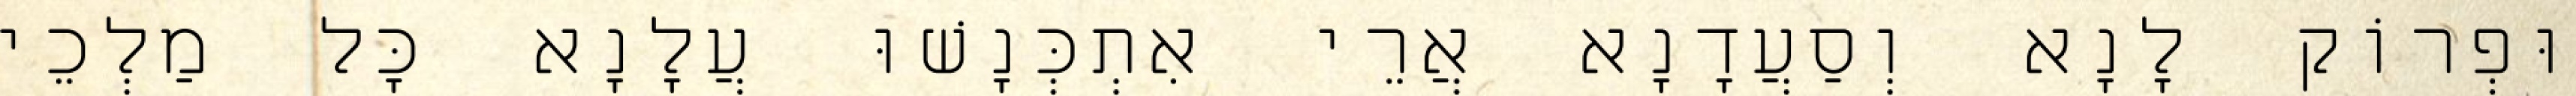
וּפְרוֹק לָנָא וְסַעֲדָנָא אֲרֵי אִתְכְּנָשׁוּ עֲלָנָא כָּל מַלְכֵי